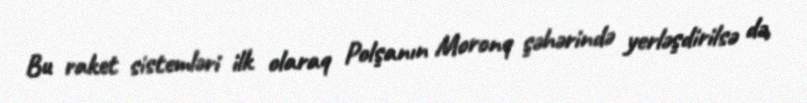
Bu raket sistemləri ilk olaraq Polşanın Moronq şəhərində yerləşdirilsə də,